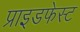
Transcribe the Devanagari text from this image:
प्राइडफेस्ट